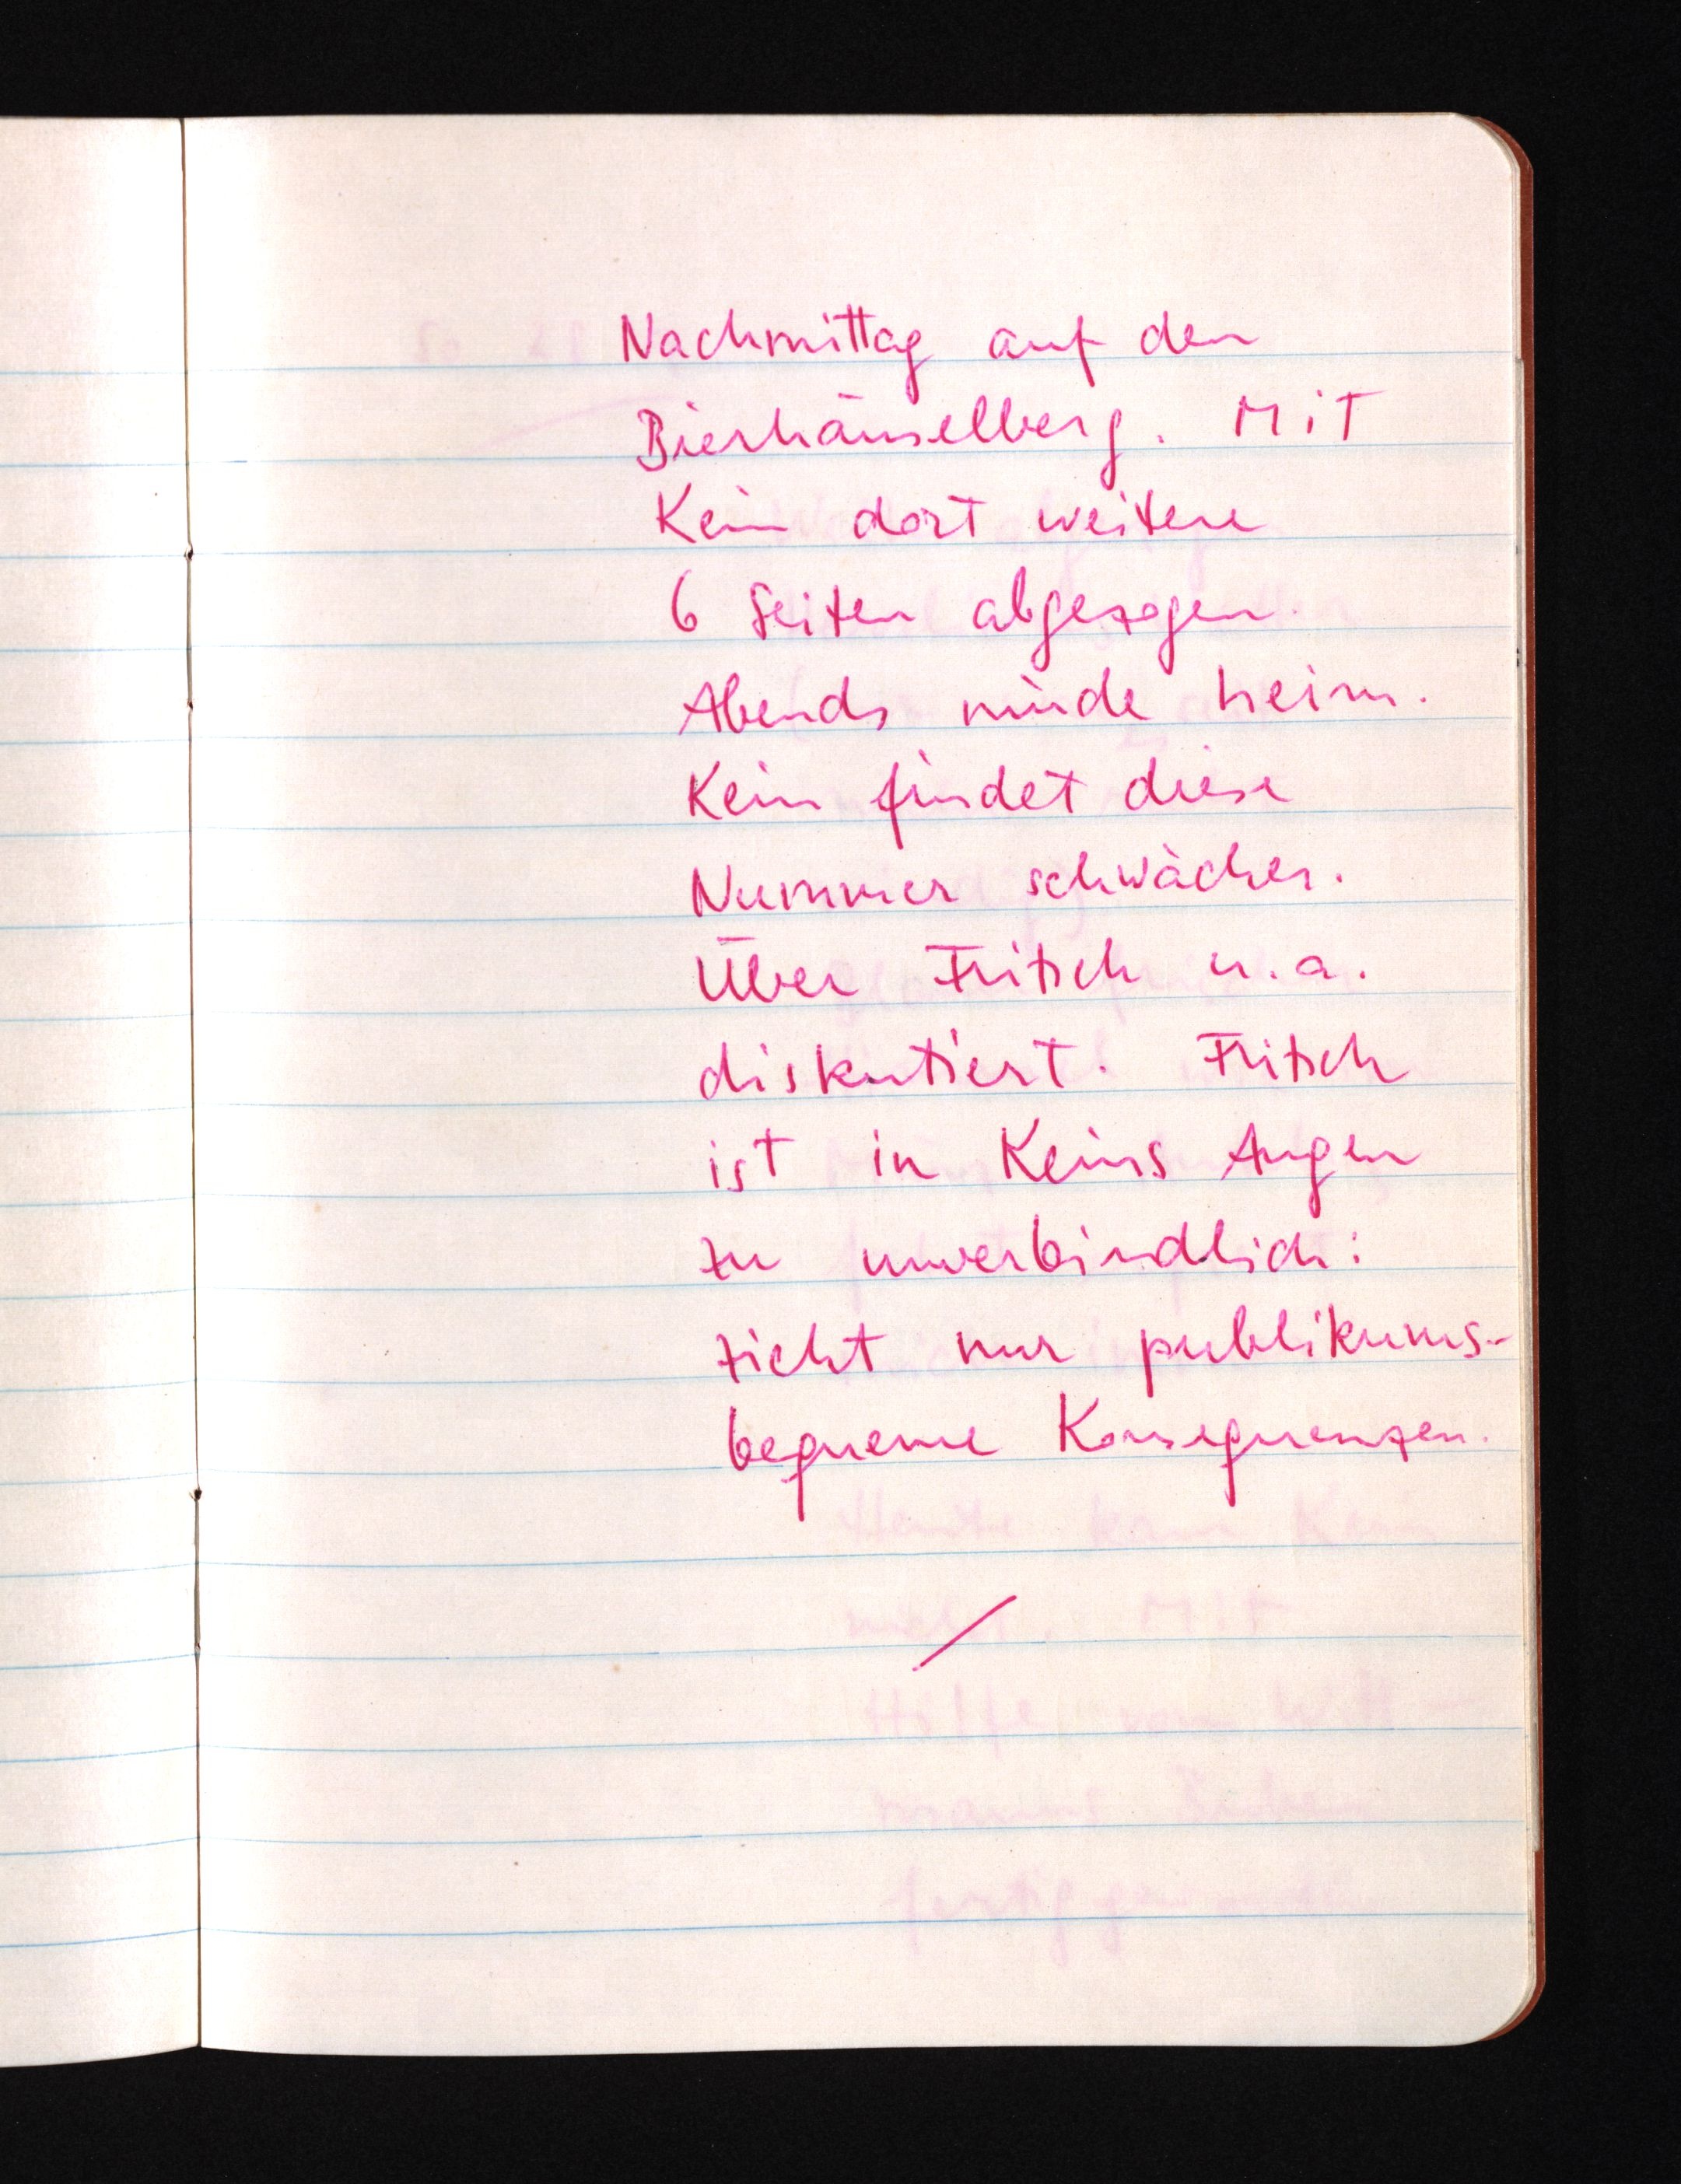
Nachmittag auf den
Bierhäuselberg. Mit
Kein dort weitere
6 Seiten abgezogen.
Abends müde heim.
Kein findet diese
Nummer schwächer.
Über Fritsch u.a.
diskutiert. Fritsch
ist in Keins Augen
zu unverbindlich:
zieht nur publikums¬
bequeme Konsequenzen.